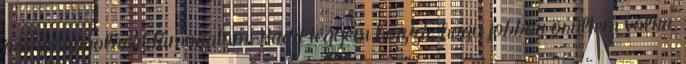
összehangolását támogatom. Hadd tegyem hozzá, hogy jobban örültem volna,